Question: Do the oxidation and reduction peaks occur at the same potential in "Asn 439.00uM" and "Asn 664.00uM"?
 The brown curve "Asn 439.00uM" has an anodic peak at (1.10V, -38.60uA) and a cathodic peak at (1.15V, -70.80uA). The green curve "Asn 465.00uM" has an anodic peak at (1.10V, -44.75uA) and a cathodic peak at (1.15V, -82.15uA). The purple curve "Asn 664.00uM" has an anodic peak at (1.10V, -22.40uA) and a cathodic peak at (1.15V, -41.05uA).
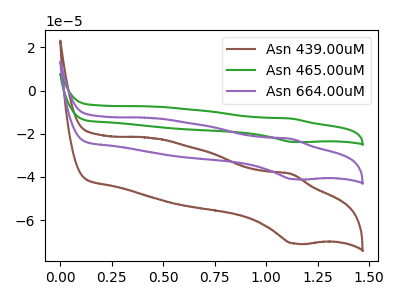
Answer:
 <answer>Yes, "Asn 439.00uM" have a peak in "Asn 664.00uM" at the same potential.</answer>
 <eval>match</eval>